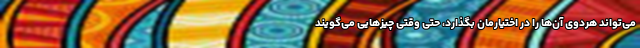
می‌تواند هردوی آن‌ها را در اختیارمان بگذارد، حتی وقتی چیزهایی می‌گویند